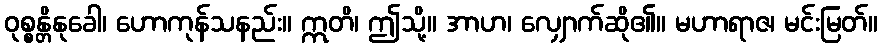
ဝုစ္စန္တိနုခေါ၊ ဟောကုန်သနည်း။ ဣတိ၊ ဤသို့။ အာဟ၊ လျှောက်ဆို၏။ မဟာရာဇ၊ မင်းမြတ်။